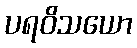
ပရဝိသယော